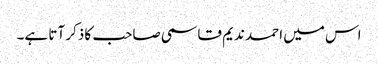
اس میں احمد ندیم قاسمی صاحب کا ذکر آتا ہے۔